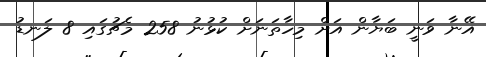
އޭނާ ވަނީ ބަޔާން އަށް މިހާތަނަށް ކުޅުނު 258 މެޗުގައި 8 ލަނޑު